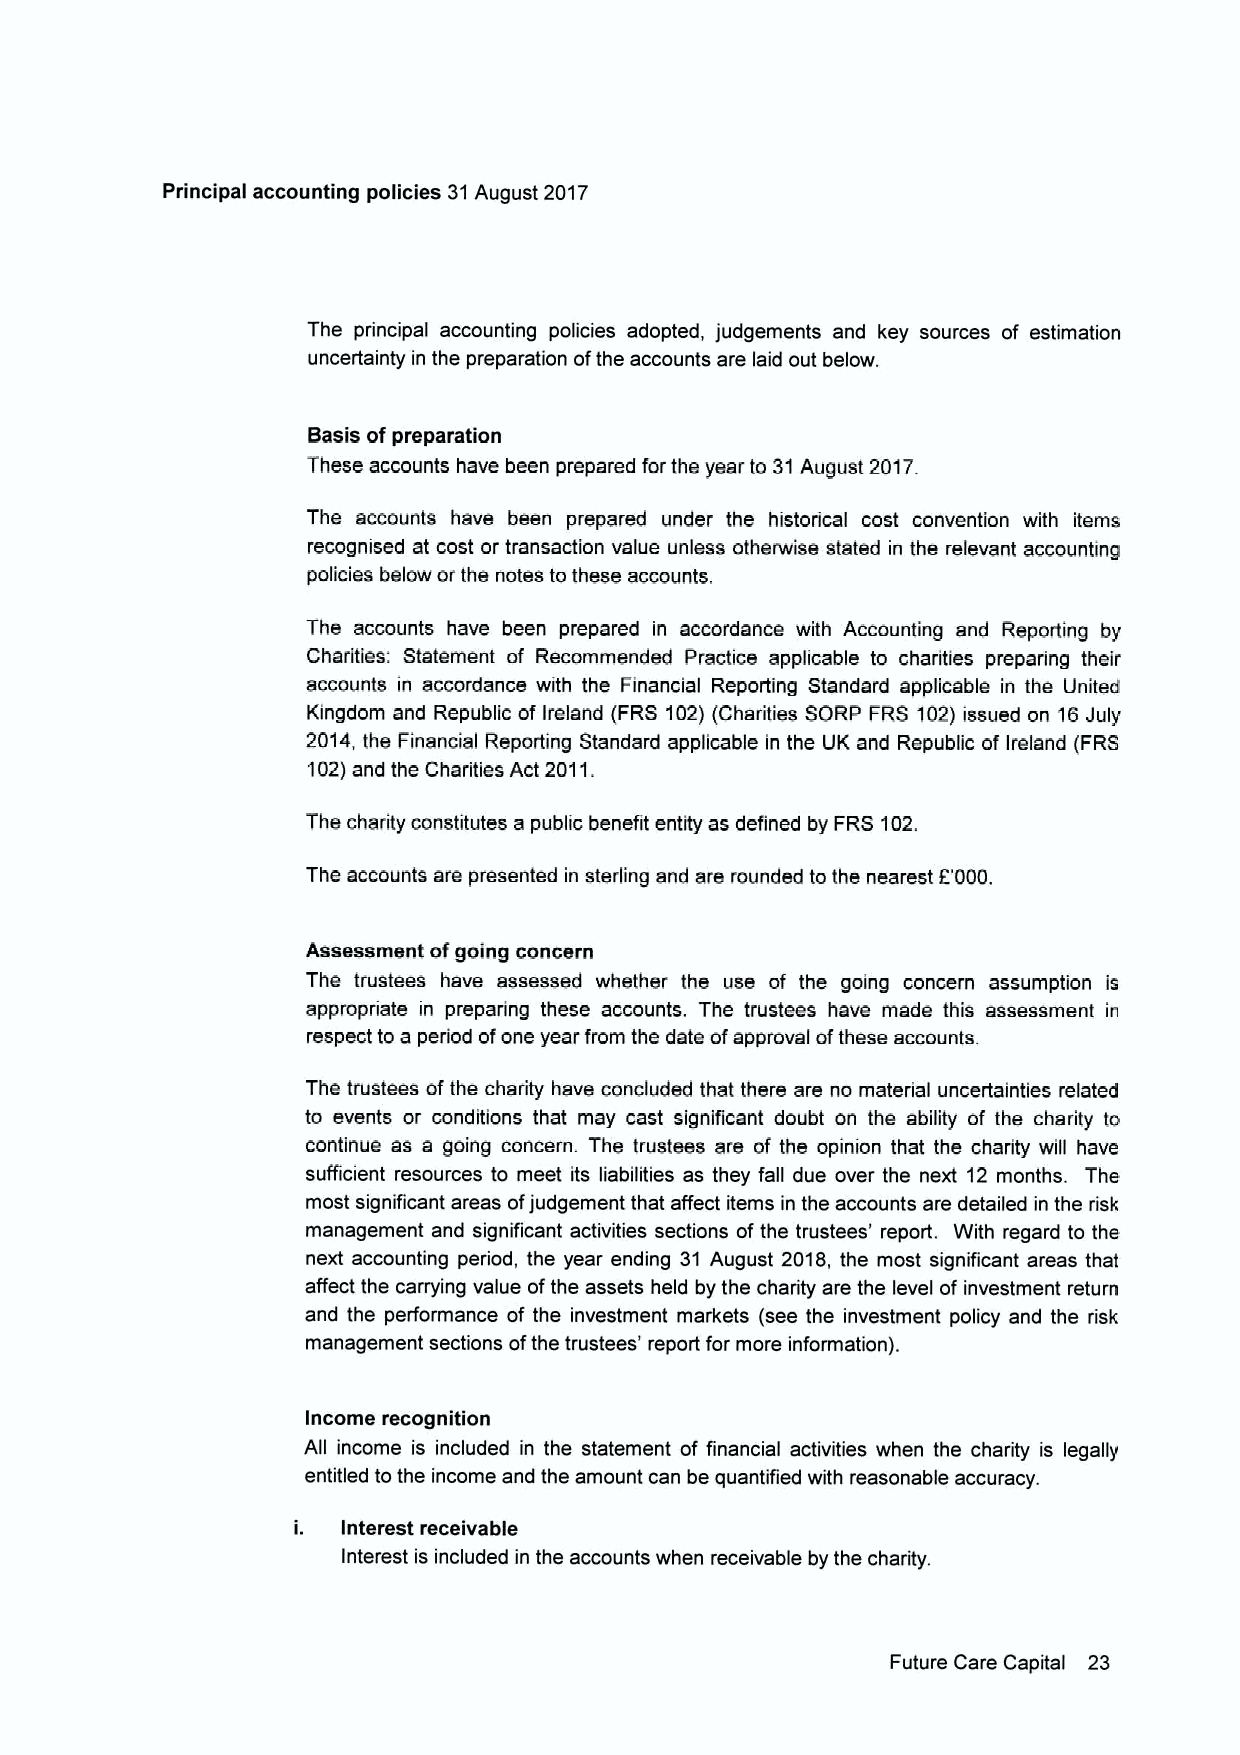
Principal accounting policies 31August 2017
 The principal accounting policies adopted, judgements and key sources of estimation
 uncertainty in the preparation ofthe accounts are laid out below.
 Basis ofpreparation
 These accounts have been prepared forthe year to 31August 2017.
 The accounts have been prepared under the historical cost convention with items
 recognised at cost or transaction value unless otherwise stated in the relevant accounting
 policies below orthe notes to these accounts.
 The accounts have been prepared in accordance with Accounting and Reporting by
 Charities: Statement of Recommended Practice applicable to charities preparing their
 accounts in accordance with the Financial Reporting Standard applicable in the United
 Kingdom and Republic of Ireland (FRS 102)(Charities SORP FRS 102)issued on 16July
 2014, the Financial Reporting Standard applicable in the UK and Republic of Ireland (FRS
 102)and the Charities Act 2011.
 The charity constitutes a public benefit entity as defined by FRS 102.
 The accounts are presented in sterling and are rounded to the nearest 6000.
 Assessment ofgoing concern
 The trustees have assessed whether the use of the going concern assumption is
 appropriate in preparing these accounts. The trustees have made this assessment in
 respect to a period ofone year from the date ofapproval ofthese accounts.
 The trustees ofthe charity have concluded that there are no material uncertainties related
 to events or conditions that may cast significant doubt on the ability of the charity to
 continue as a going concern. The trustees are of the opinion that the charity will have
 sufficient resources to meet its liabilities as they fall due over the next 12 months. The
 most signiTicant areas ofjudgement that affect items in the accounts are detailed in the risk
 management and significant activities sections ofthe trustees' report. With regard to the
 next accounting period, the year ending 31 August 2018, the most significant areas that
 affect the carrying value ofthe assets held by the charity are the level of investment return
 and the performance of the investment markets (see the investment policy and the risk
 management sections ofthe trustees' report for more information).
 Income recognition
 All income is included in the statement of financial activities when the charity is legally
 entitled lo the income and the amount can be quantified with reasonable accuracy.
 i.  Interest receivable
 Interest is included in the accounts when receivable by the charity.
 Future Care Capital 23